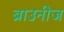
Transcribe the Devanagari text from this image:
ब्राउनीज